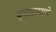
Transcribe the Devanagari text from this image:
वृत्ताप्रमाणे